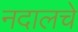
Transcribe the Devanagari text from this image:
नदालचे